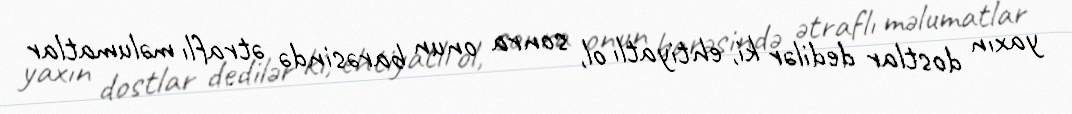
yaxın dostlar dedilər ki, ehtiyatlı ol, sonra onun barəsində ətraflı məlumatlar